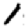
Digit: 1